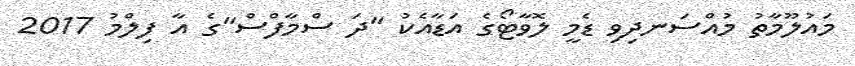
މައުލޫމާތު މުއްސަނދިވި ޑެމީ ލޮވާޓޯގެ އަޑާއެކު "ދަ ސްމާފްސް"ގެ އާ ފިލްމު 2017